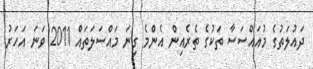
ދައުލަތުގެ މުއައްސަސާ ތަކުގެ ތެރެއިން އެންމެ ގިނަ މައްސަލަތައް 2011 ވަނަ އަހަރު